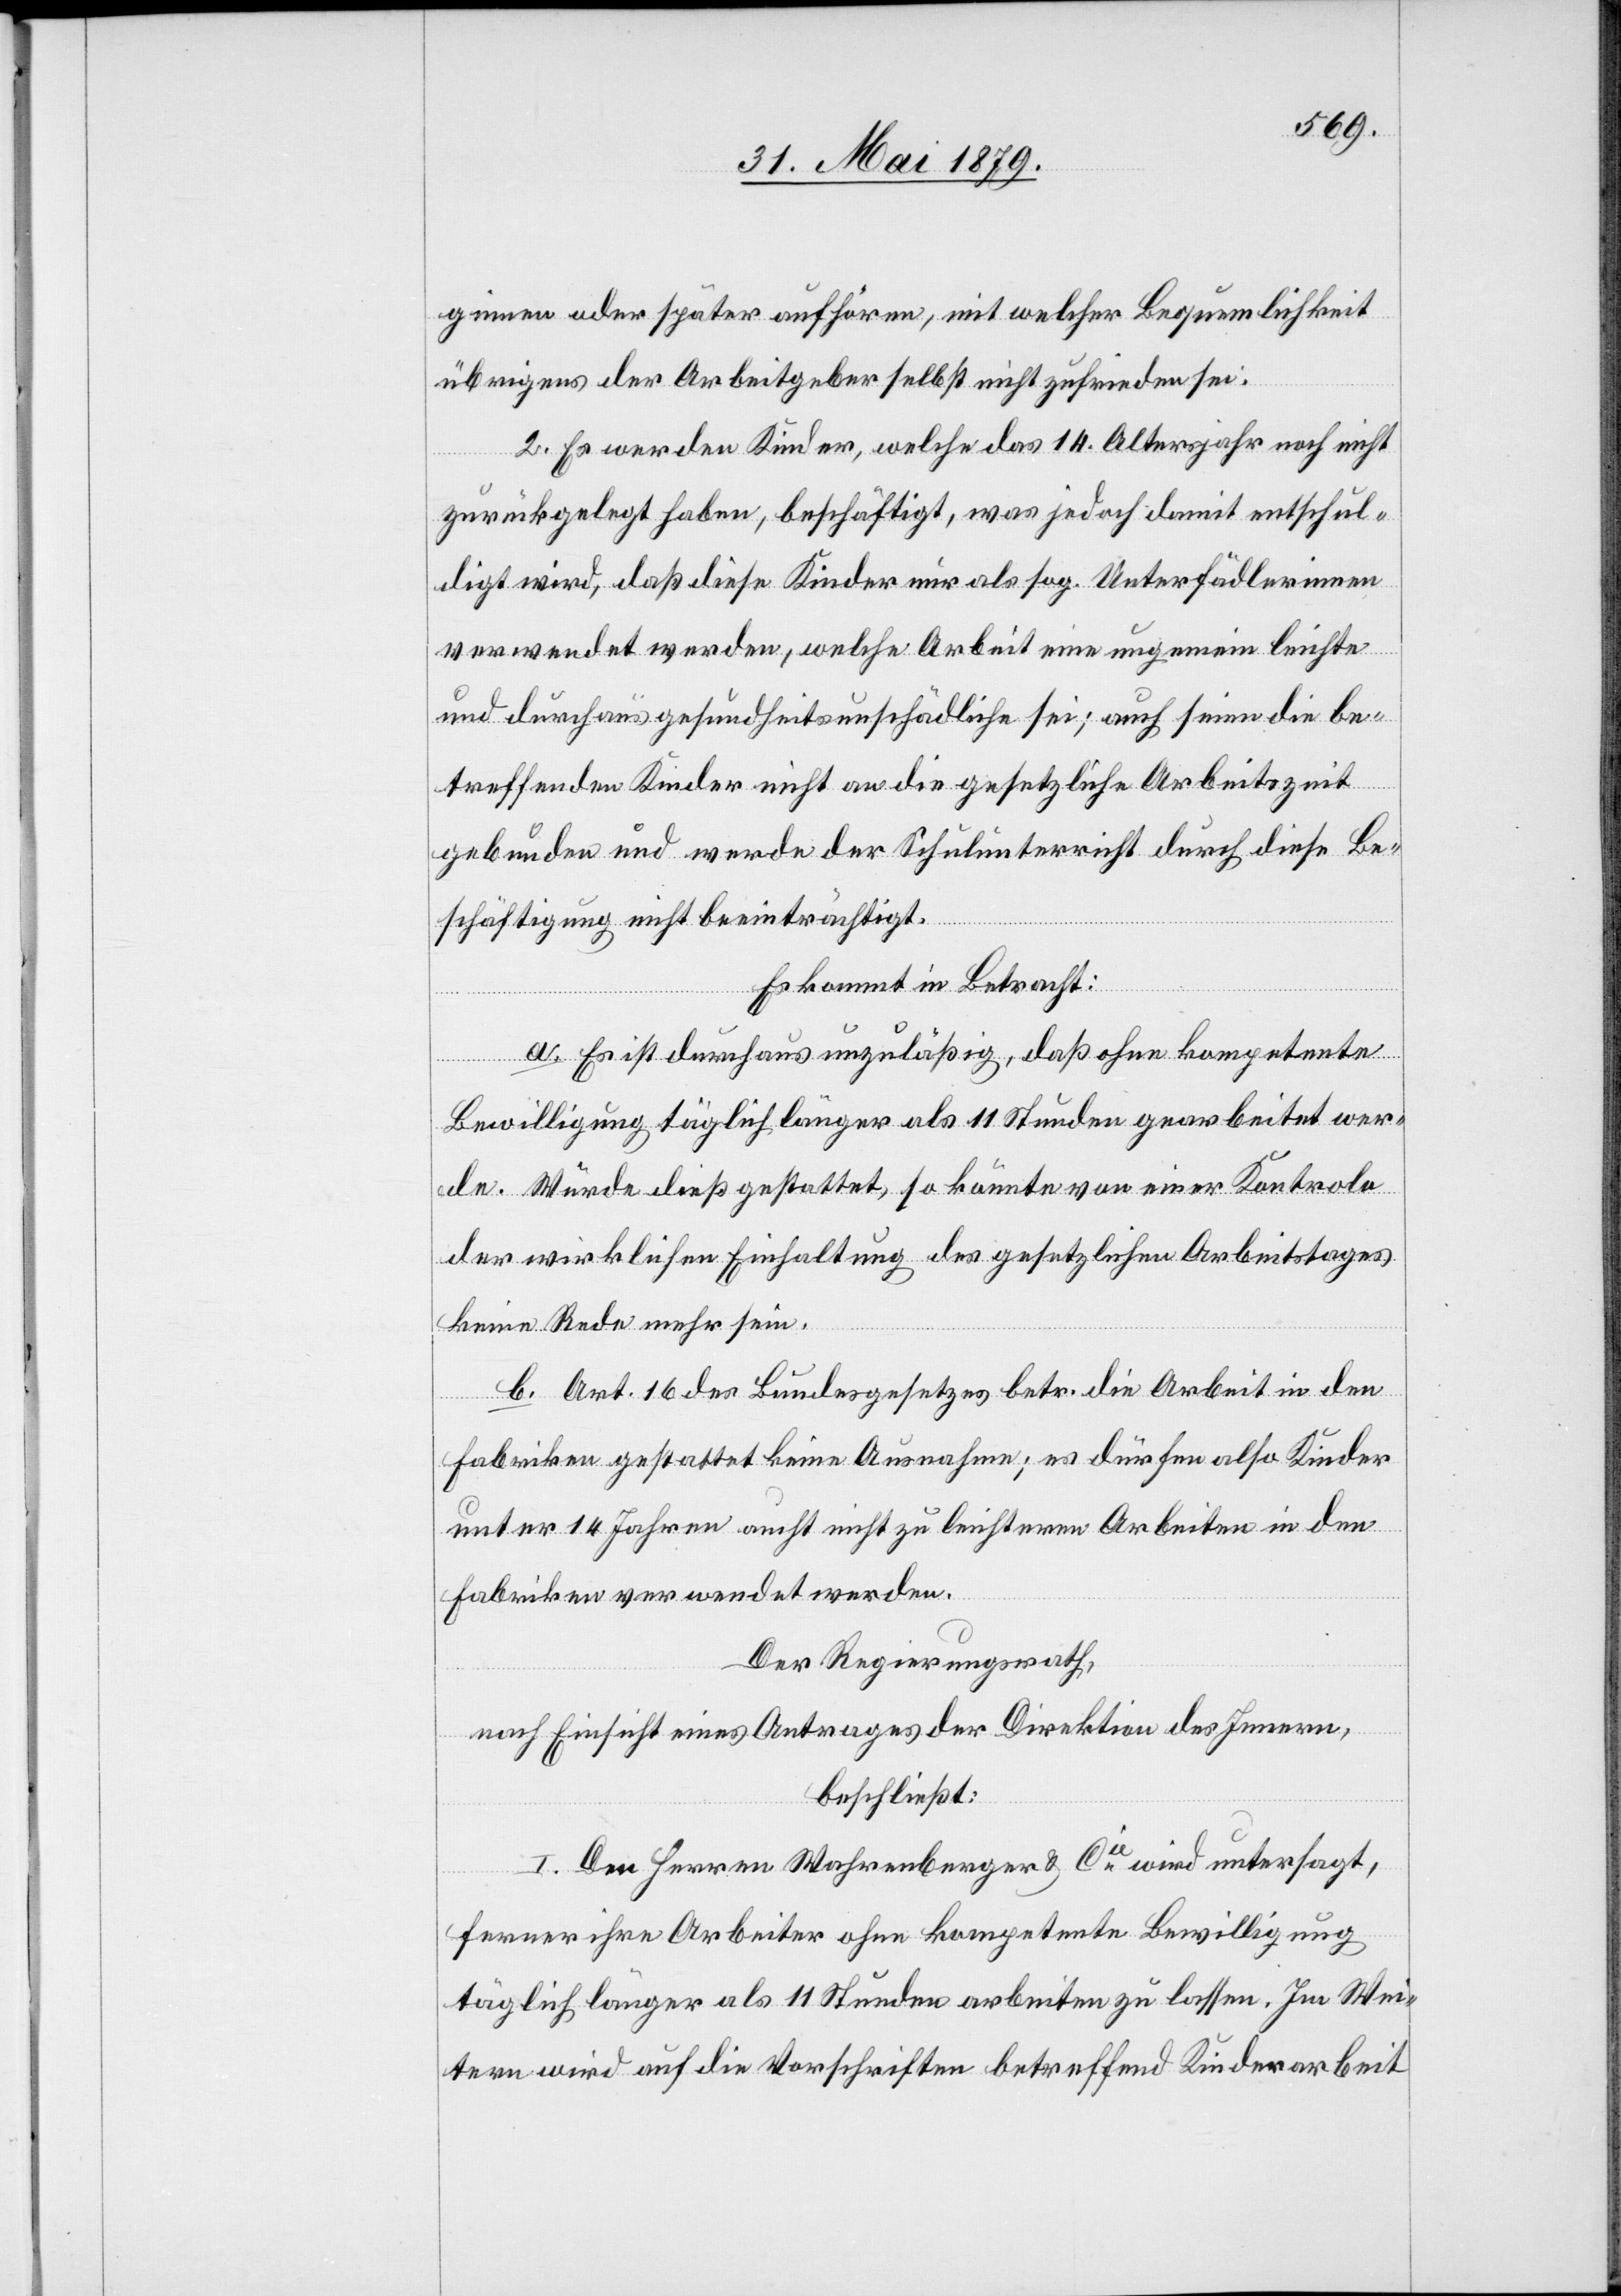
ginnen oder später aufhören, mit welcher Bequemlichkeit
übrigens der Arbeitgeber selbst nicht zufrieden sei.
2. Es werden Kinder, welche das 14. Altersjahr noch nicht
zurückgelegt haben, beschäftigt, was jedoch damit entschul¬
digt wird, daß diese Kinder nur als sog. Unterfädlerinnen
verwendet werden, welche Arbeit eine ungemein leichte
und durchaus gesundheitsunschädliche sei; auch seien die be¬
treffenden Kinder nicht an die gesetzliche Arbeitszeit
gebunden und werde der Schulunterricht durch diese Be¬
schäftigung nicht beeinträchtigt.
Es kommt in Betracht:
a. Es ist durchaus unzuläßig, daß ohne kompetente
Bewilligung täglich länger als 11 Stunden gearbeitet wer¬
de. Würde dieß gestattet, so könnte von einer Kontrole
der wirklichen Einhaltung des gesetzlichen Arbeitstages
keine Rede mehr sein.
b. Art. 16 des Bundesgesetzes betr. die Arbeit in den
Fabriken gestattet keine Ausnahme; es dürfen also Kinder
unter 14 Jahren aucht [sic!] nicht zu leichteren Arbeiten in den
Fabriken verwendet werden.
Der Regierungsrath,
nach Einsicht eines Antrages der Direktion des Innern,
beschließt:
I. Den Herren Wahrenberger & Cie wird untersagt,
ferner ihre Arbeiter ohne kompetente Bewilligung
täglich länger als 11 Stunden arbeiten zu lassen. Im Wei¬
tern wird auf die Vorschriften betreffend Kinderarbeit